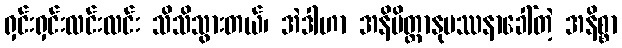
ရှင်းရှင်းလင်းလင်း သိသိသွားတယ်၊ အဲဒါဟာ အနိမိတ္တာနုပဿနာခေါ်တဲ့ အနိစ္စာ